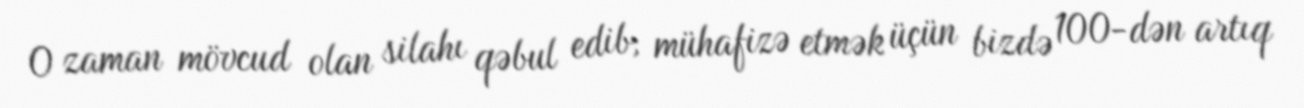
O zaman mövcud olan silahı qəbul edib, mühafizə etmək üçün bizdə 100-dən artıq